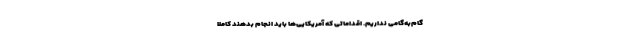
گام‌به‌گامی نداریم. اقداماتی که آمریکایی‌ها باید انجام بدهند کاملاً